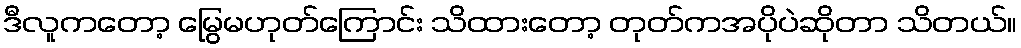
ဒီလူကတော့ မြွေမဟုတ်ကြောင်း သိထားတော့ တုတ်ကအပိုပဲဆိုတာ သိတယ်။